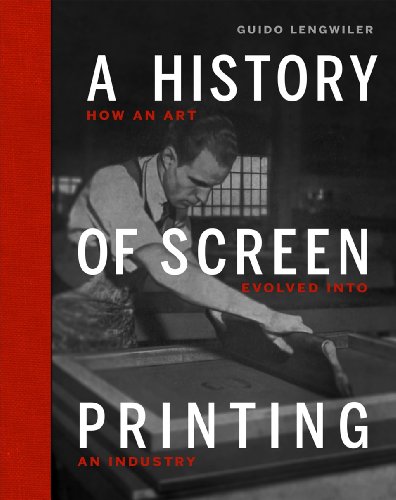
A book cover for A History of Screen Printing; Guido Lengwiler; Arts & Photography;